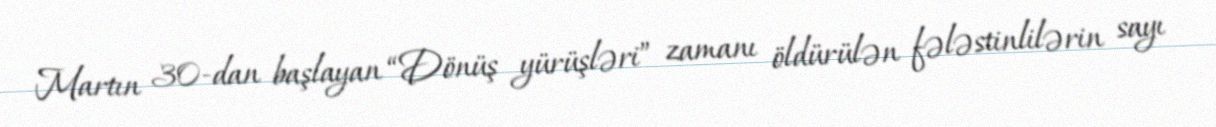
Martın 30-dan başlayan “Dönüş yürüşləri” zamanı öldürülən fələstinlilərin sayı